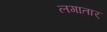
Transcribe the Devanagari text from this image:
लगातार्